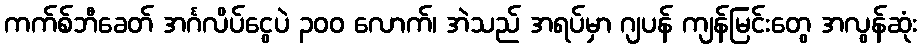
ကက်စ်ဘီခေတ် အင်္ဂလိပ်ငွေပဲ ၃၀၀ လောက်၊ အဲသည် အရပ်မှာ ဂျပန် ကျန်မြင်းတွေ အလွန်ဆုံး